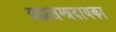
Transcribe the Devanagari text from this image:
ब्रह्मसम्प्रदायका